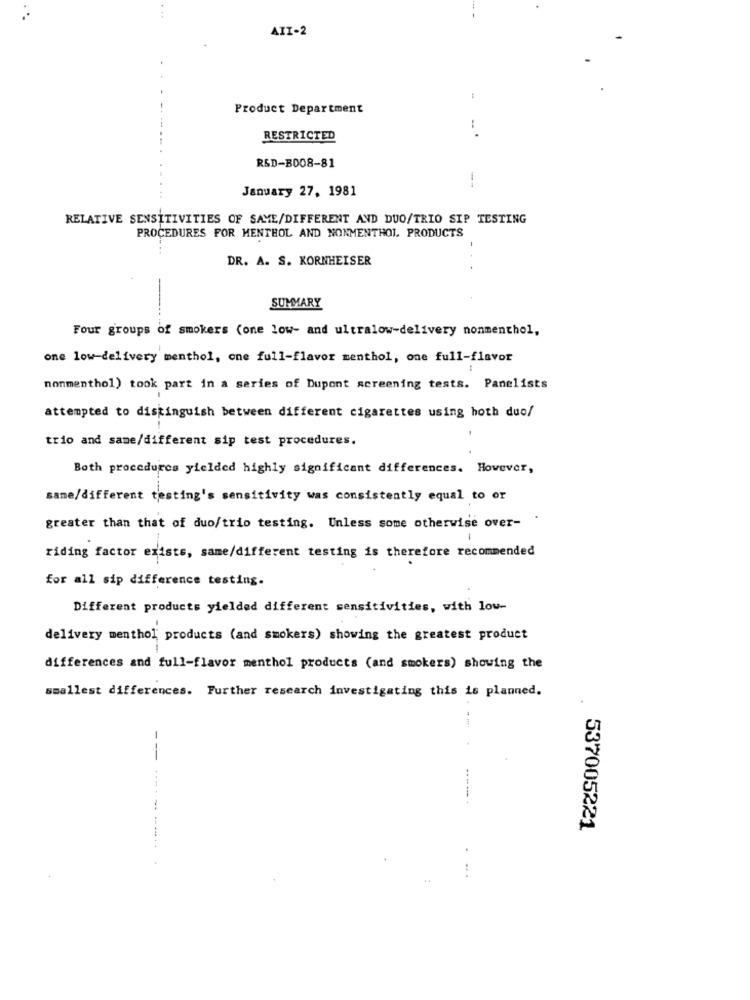
AII-2
Product Department
RESTRICTED
R&D-B008-81
January 27, 1981
RELATIVE SENSITIVITIES OF SAME/DIFFERENT AND DUO/TRIO SIP TESTING
PROCEDURES FOR MENTHOL AND NONMENTHOL. PRODUCTS
DR. A. S. KORNHEISER
SUMMARY
Four groups of smokers (one low- and ultralow-delivery nonmenthol,
one low-delivery menthol, one full-flavor menthol, one full-flavor
nonmenthol) took part in a series of Dupont screening tests. Panelists
attempted to distinguish between different cigarettes using hoth duo/
trio and same/different sip test procedures.
Both procedures yielded highly significant differences. However,
same/different testing's sensitivity was consistently equal to or
greater than that of duo/trio testing. Unless some otherwise over-
-
riding factor exists, same/different testing is therefore recommended
for all sip difference testing.
Different products yielded different sensitivities, with low-
delivery menthol products (and smokers) showing the greatest product
differences and full-flavor menthol products (and smokers) showing the
smallest differences. Further research investigating this is planned.
--
-----
537005221
.. .